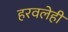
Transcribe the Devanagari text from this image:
हरवलेही